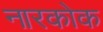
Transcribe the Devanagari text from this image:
नारकोक